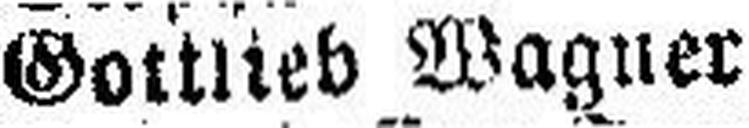
Gottlieb Wagner